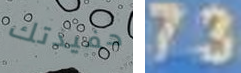
حفيدتك 73